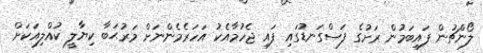
ލޯންޗުން ފައިބަމުން ރަށުގެ ފަސްގަނޑުގައި ފައި ޖެހުމާއެކު އަހަރެމެންނަށް މަރުޙަބާ ކިޔާލީ ކުއްލިއަކަށް